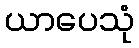
ယာပေသုံ